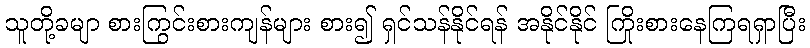
သူတို့ခမျာ စားကြွင်းစားကျန်များ စား၍ ရှင်သန်နိုင်ရန် အနိုင်နိုင် ကြိုးစားနေကြရရှာပြီး